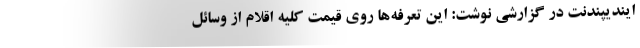
ایندیپندنت در گزارشی نوشت: این تعرفه‌ها روی قیمت کلیه اقلام از وسائل